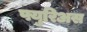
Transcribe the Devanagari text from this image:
फ्युरिअस